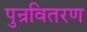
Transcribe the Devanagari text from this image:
पुन्रवितरण